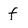
Character: f